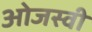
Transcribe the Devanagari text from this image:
ओजस्‍वी